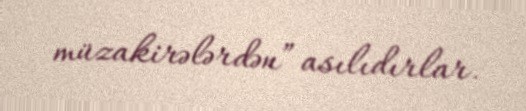
müzakirələrdən” asılıdırlar.